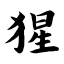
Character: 猩